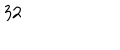
3 2